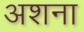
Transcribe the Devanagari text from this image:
अशना